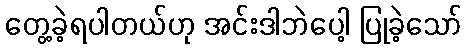
တွေ့ခဲ့ရပါတယ်ဟု အင်းဒါဘဲပေါ့ ပြုခဲ့သော်